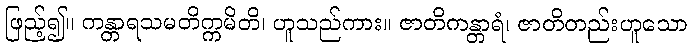
ဖြည့်၍။ ကန္တာရသမတိက္ကမိတိ၊ ဟူသည်ကား။ ဇာတိကန္တာရံ၊ ဇာတိတည်းဟူသော